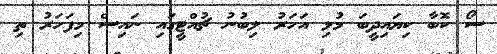
ސޯ ކޮބާ ކިޔައިދީބަ މުޅި އަހަރު ލިބުނު ޗުއްޓީގައި ނައިސް މިފަހަރު ތި